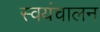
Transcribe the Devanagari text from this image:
स्वयंचालन